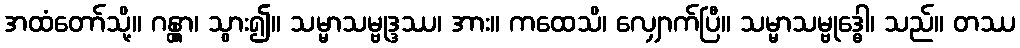
အထံတော်သို့။ ဂန္တွာ၊ သွား၍။ သမ္မာသမ္ဗုဒ္ဒဿ၊ အား။ ကထေသိ၊ လျှောက်ပြီ။ သမ္မာသမ္ဗုဒ္ဓေါ၊ သည်။ တဿ